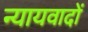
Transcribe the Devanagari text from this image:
न्यायवादों